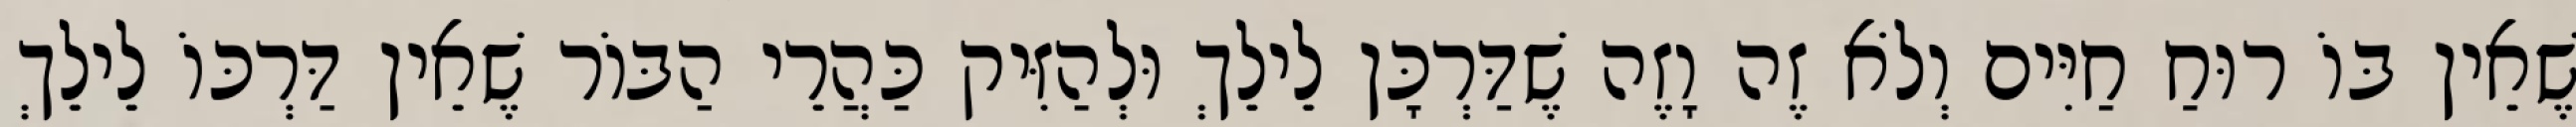
שֶׁאֵין בּוֹ רוּחַ חַיִּים וְלֹא זֶה וָזֶה שֶׁדַּרְכָּן לֵילֵךְ וּלְהַזִּיק כַּהֲרֵי הַבּוֹר שֶׁאֵין דַּרְכּוֹ לֵילֵךְ